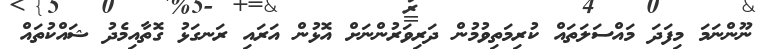
ނޫންނަމަ މިފަދަ މައްސަލަތައް ކުރިމަތިވުމުން ދަރިވަރުންނަށް އޮޅުން އަރައި ރަނގަޅު ގޮތާއިމެދު ޝައްކުތައް